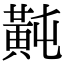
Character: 𪎶